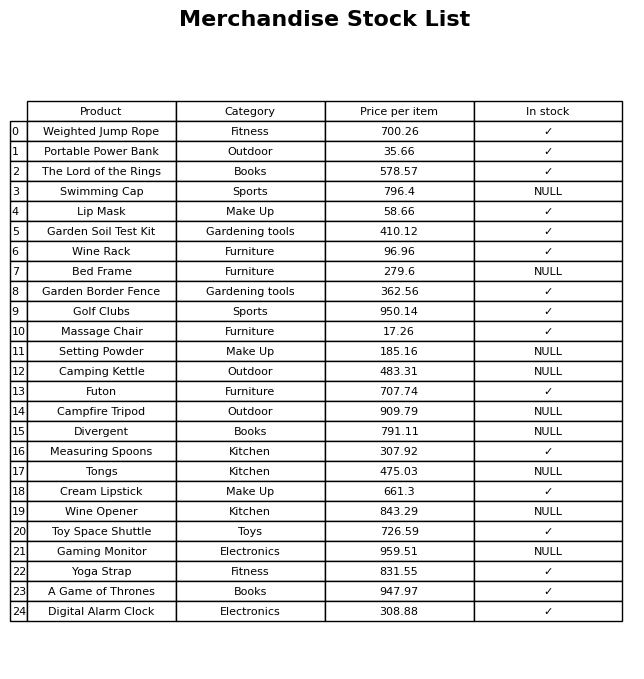
question: What is the price of the Divergent?
answer: The price of Divergent is 791.11.